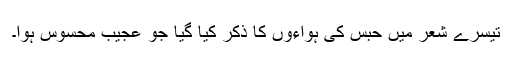
تیسرے شعر میں حبس کی ہواءوں کا ذکر کیا گیا جو عجیب محسوس ہوا۔